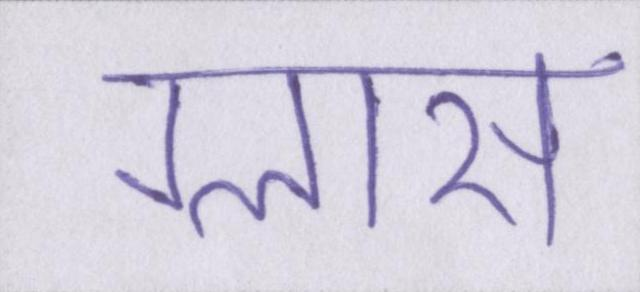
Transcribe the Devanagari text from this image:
ग्लास